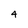
Character: 4